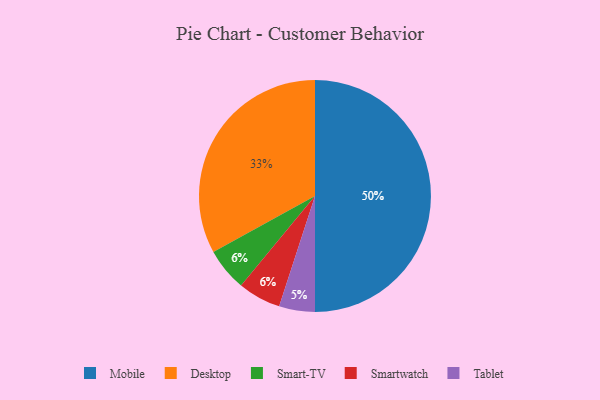
{"axis": {"x": "Category", "y": "Percentage"}, "legend": ["Desktop", "Mobile", "Smart-TV", "Smartwatch", "Tablet"], "data": [{"x": "Smart-TV", "y": 6, "type": "Smart-TV"}, {"x": "Mobile", "y": 50, "type": "Mobile"}, {"x": "Tablet", "y": 5, "type": "Tablet"}, {"x": "Smartwatch", "y": 6, "type": "Smartwatch"}, {"x": "Desktop", "y": 33, "type": "Desktop"}]}